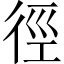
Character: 徑